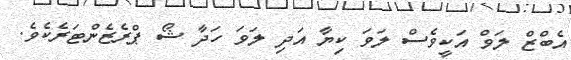
އެބްޒް ލަވް އަކީވެސް ލަވަ ކިޔާ އަދި ލަވަ ހަދާ ޝޯ ޕްރެޒެންޓަރެކެވެ.